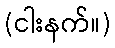
(ငါးနက်။)